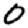
Digit: 0